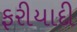
ફરીયાદી